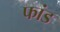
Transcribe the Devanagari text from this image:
फांड